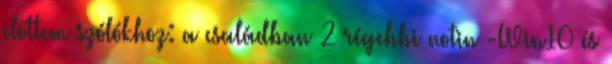
előttem szólókhoz: a családban 2 régebbi notin -Win10 és